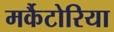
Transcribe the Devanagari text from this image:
मर्कैटोरिया